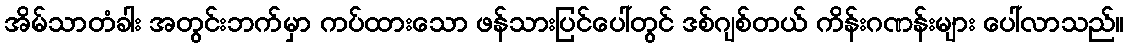
အိမ်သာတံခါး အတွင်းဘက်မှာ ကပ်ထားသော ဖန်သားပြင်ပေါ်တွင် ဒစ်ဂျစ်တယ် ကိန်းဂဏန်းများ ပေါ်လာသည်။